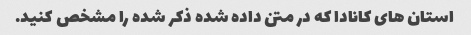
استان های کانادا که در متن داده شده ذکر شده را مشخص کنید.